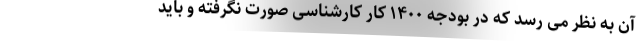
آن به نظر می رسد که در بودجه ۱۴۰۰ کار کارشناسی صورت نگرفته و باید